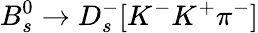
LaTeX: B_{s}^{0}\to D_{s}^{-}[K^{-}K^{+}\pi^{-}]